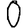
Digit: 0